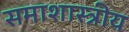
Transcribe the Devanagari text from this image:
समाशास्त्रीय